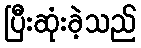
ပြီးဆုံးခဲ့သည်